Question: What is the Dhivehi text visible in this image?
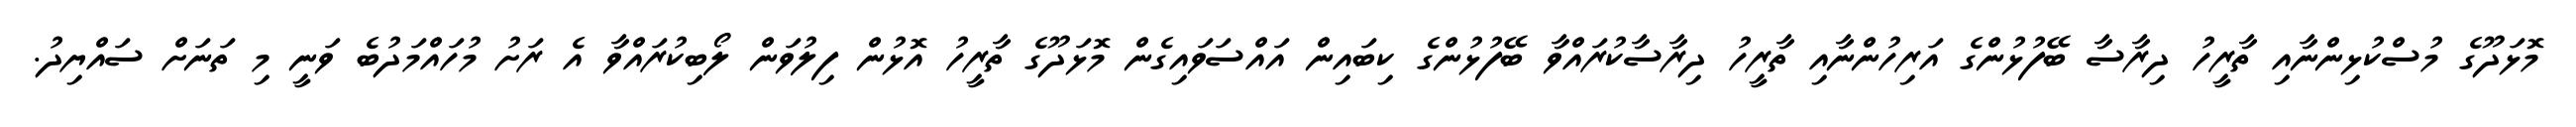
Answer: މޮޅަދޫގެ މުސްކުޅިންނާއި ތާރީހު ދިރާސާ ބޭފުޅުންގެ އަރިހުންނާއި ތާރީހު ދިރާސާކުރައްވާ ބޭފުޅުންގެ ކިބައިން އައްސަވައިގެން މޮޅަދޫގެ ތާރީހު އޮޅުން ފިލުވަން ލޯބިކުރައްވާ އެ ރަށު މުހައްމަދުބެ ވަނީ މި ތަނަށް ސައްޔިދު.